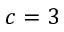
c = 3